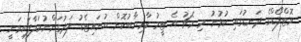
ވޮޓްފޯޑްގެ ދަނޑުގައި ކުުޅުނު މި މެޗު އެ ޓީމު ކާމިޔާބުކޮށް ޔުނައިޓެޑު ލަދުގަންނުވަލާފައިވަނީ